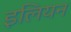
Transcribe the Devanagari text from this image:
इलियन